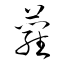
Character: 蘿